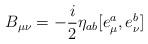
LaTeX: \begin{align*}B_{\mu\nu} = -\frac i2 \eta_{ab} [e^a_{\mu}, e^b_{\nu}]\end{align*}